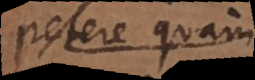
potius quam